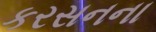
કરસનના